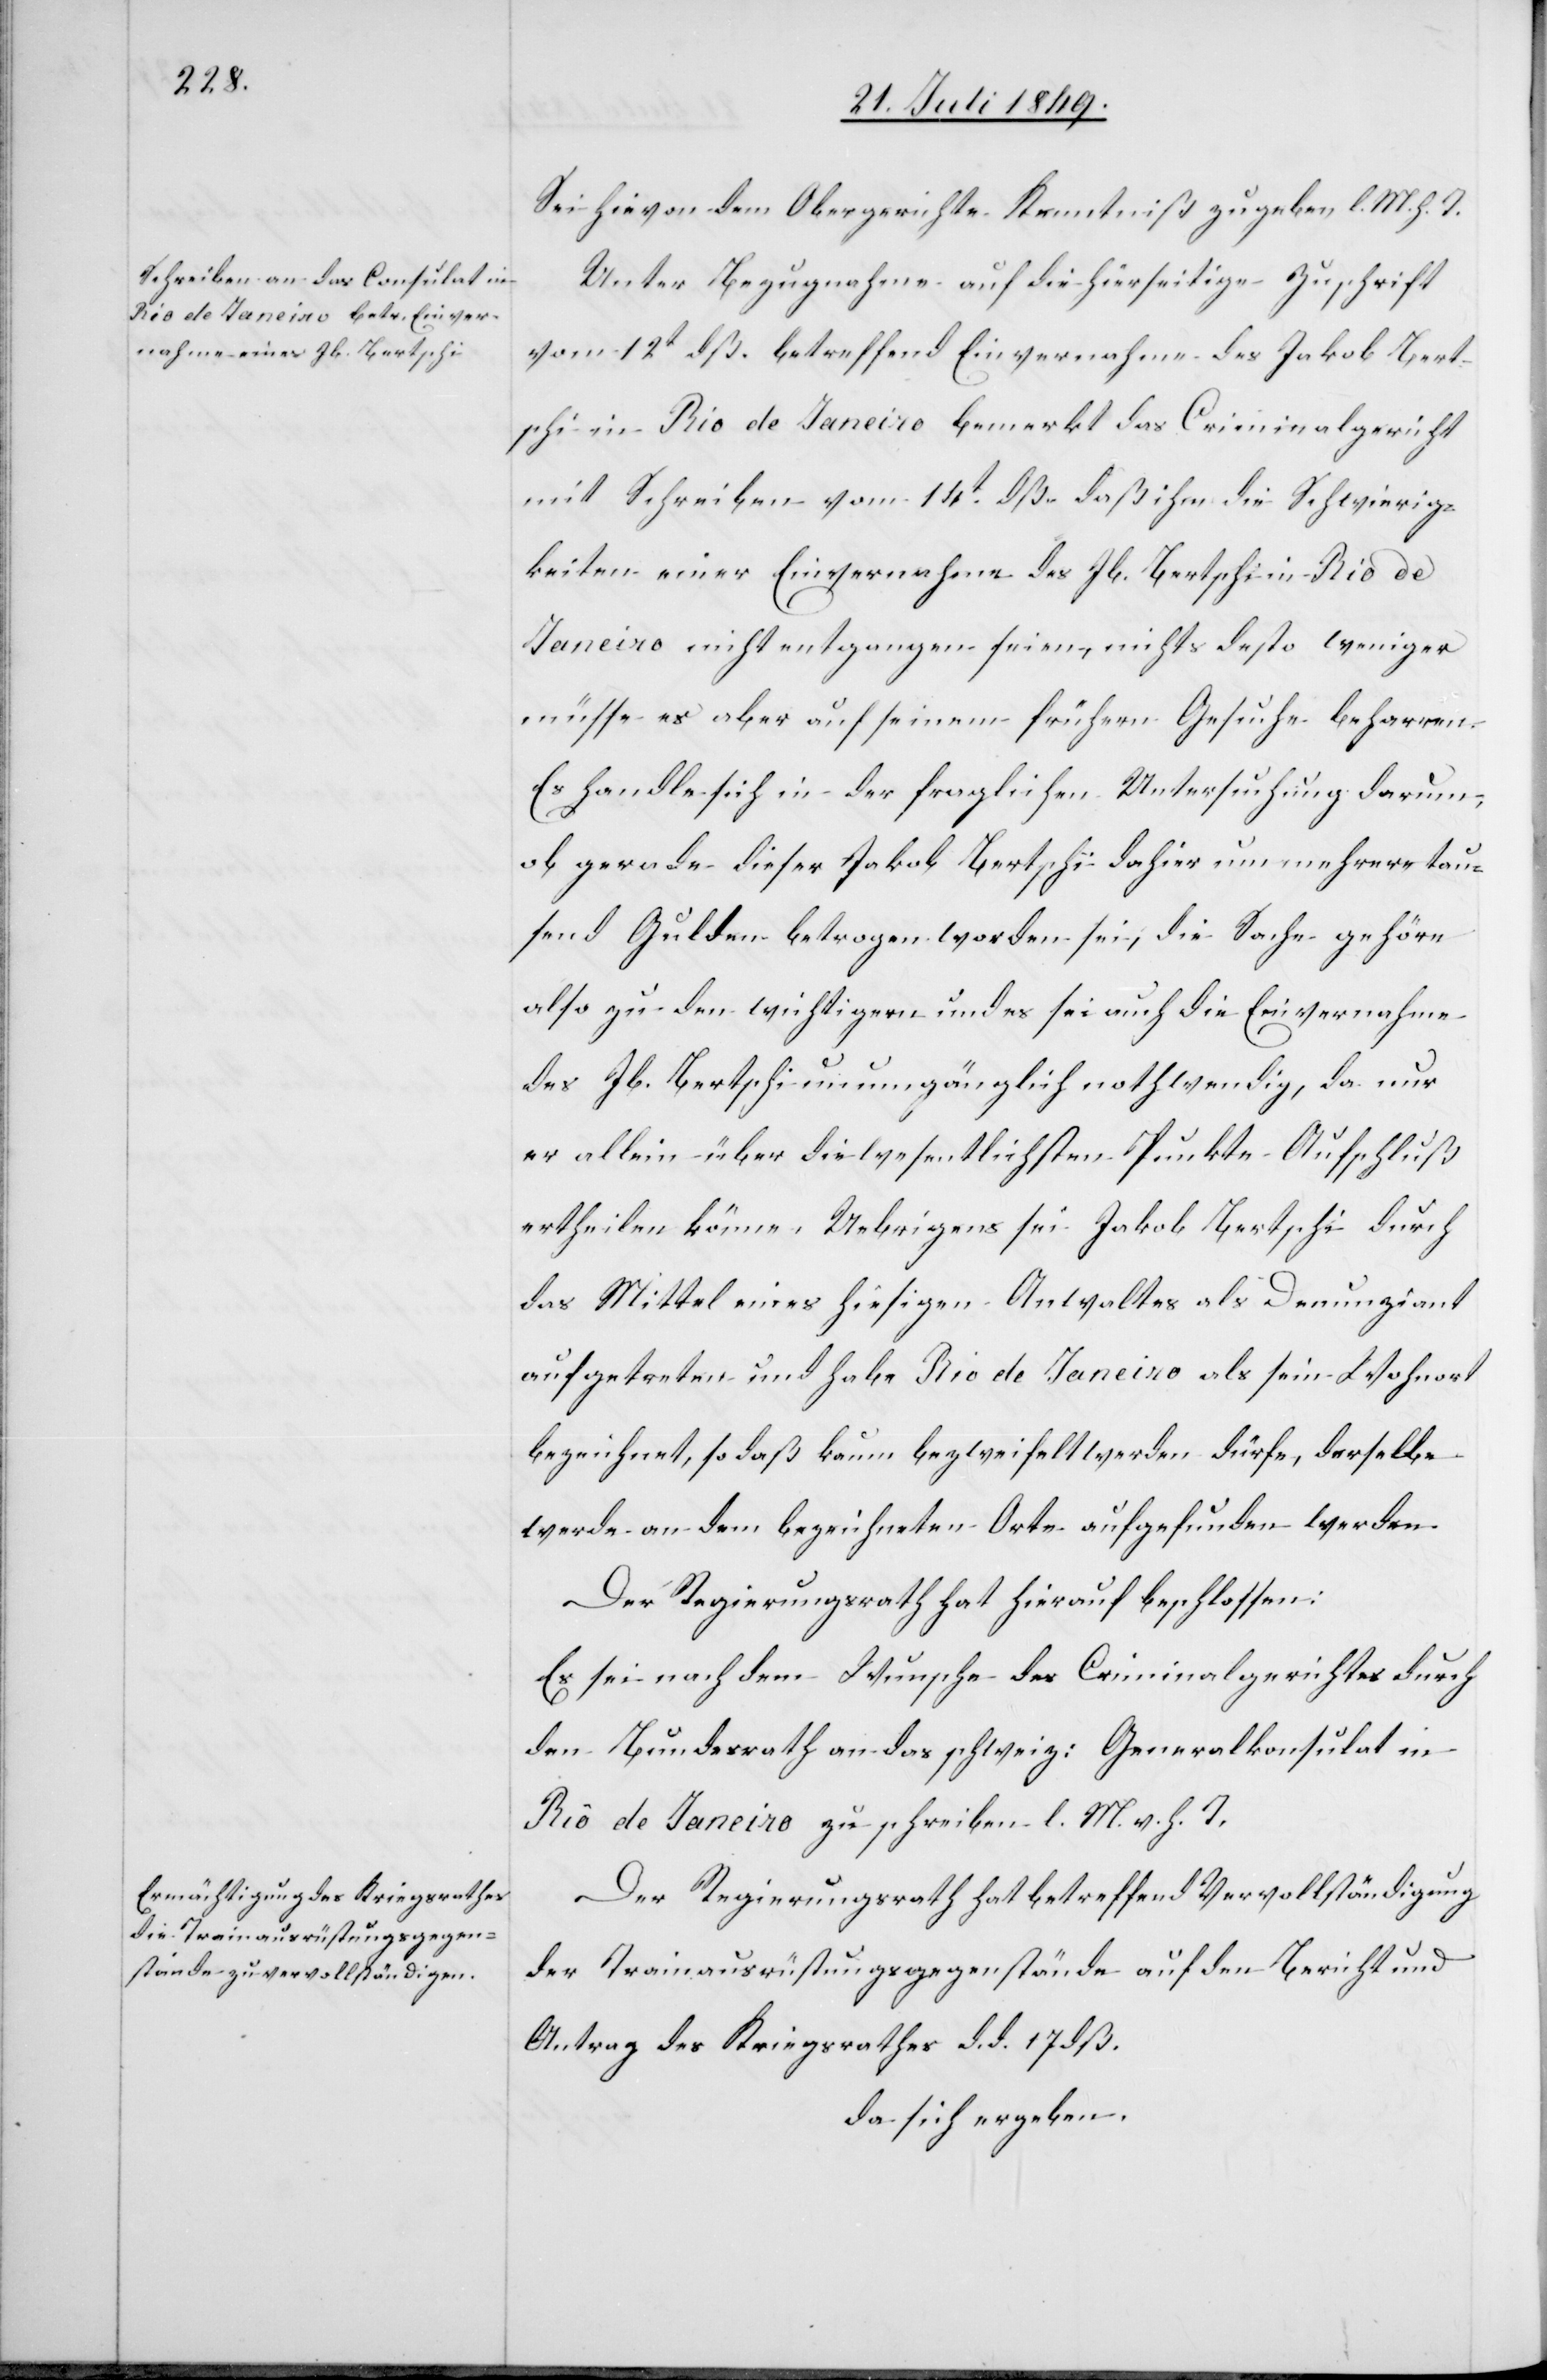
Sei hievon dem Obergerichte Kenntniß zu geben l. M. h. T.
Unter Bezugnahme auf die hierseitige Zuschrift
vom 12t dß. betreffend Einvernahme des Jakob Bert¬
schi in Rio de Janeiro bemerkt das Criminalgericht
mit Schreiben vom 14t dß. daß ihm die Schwierig¬
keiten einer Einvernahme des Jb. Bertschi in Rio de
Janeiro nicht entgangen seien, nichts desto weniger
müsse es aber auf seinem frühern Gesuche beharren.
Es handle sich in der fraglichen Untersuchung darum,
ob gerade dieser Jakob Bertschi dahier um mehrere tau¬
send Gulden betrogen worden sei, die Sache gehöre
also zu den wichtigern und es sei auch die Einvernahme
des Jb. Bertschi unumgänglich nothwendig, da nur
er allein über die wesentlichsten Punkte Aufschluß
ertheilen könne. Uebrigens sei Jakob Bertschi durch
das Mittel eines hiesigen Anwaltes als Denunziant
aufgetreten und habe Rio de Janeiro als sein Wohnort
bezeichnet, so daß kaum bezweifelt werden dürfe, derselbe
werde an dem bezeichneten Orte aufgefunden werden.
Der Regierungsrath hat hierauf beschlossen:
Es sei nach dem Wunsche des Criminalgerichtes durch
den Bundesrath an das schweiz: Generalkonsulat in
Rio de Janeiro zu schreiben l. M. v. h. T.
Der Regierungsrath hat betreffend Vervollständigung
der Trainausrüstungsgegenstände auf den Bericht und
Antrag des Kriegsrathes d. d. 17 dß.
da sich ergeben.